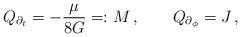
LaTeX: \begin{align*}Q_{\partial_t} = -\frac{\mu}{8G} =: M\,, \qquad Q_{\partial_{\phi}} = J\,,\end{align*}